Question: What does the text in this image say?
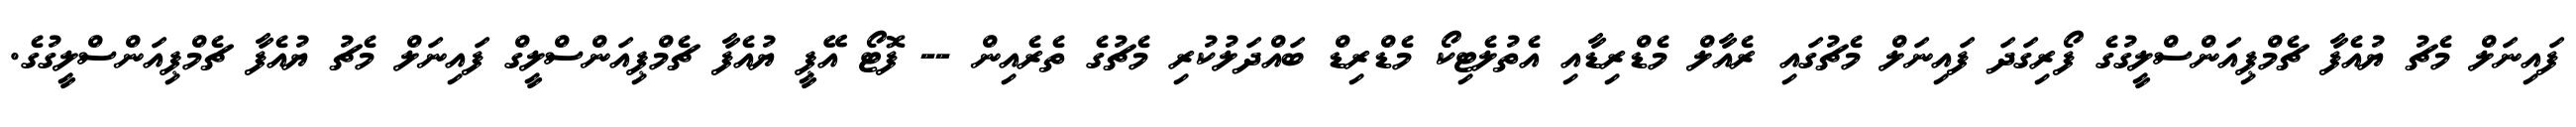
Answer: ފައިނަލް މެޗު ޔުއެފާ ޗެމްޕިއަންސްލީގުގެ ފޯރިގަދަ ފައިނަލް މެޗުގައި ރެއާލް މެޑްރިޑާއި އެތުލެޓިކޯ މެޑްރިޑް ބައްދަލުކުރި މެޗުގެ ތެރެއިން -- ފޮޓޯ އޭޕީ ޔުއެފާ ޗެމްޕިއަންސްލީގް ފައިނަލް މެޗު ޔުއެފާ ޗެމްޕިއަންސްލީގުގެ.